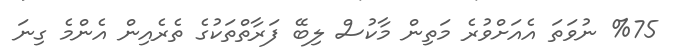
%75 ނުވަތަ އެއަށްވުރެ މަތިން މާކުސް ލިބޭ ފަރާތްތަކުގެ ތެރެއިން އެންމެ ގިނަ